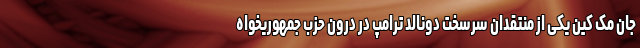
جان مک کین یکی از منتقدان سرسخت دونالد ترامپ در درون حزب جمهوریخواه